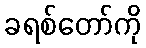
ခရစ်တော်ကို